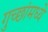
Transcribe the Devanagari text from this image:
गुच्छांमध्ये